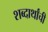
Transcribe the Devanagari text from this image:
शब्दार्थांची